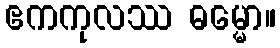
ဧကကုလဿ ဓမ္မော။